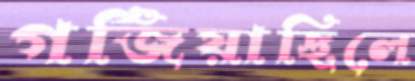
গর্জিয়াছিলে